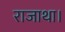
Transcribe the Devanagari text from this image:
राजाथा।